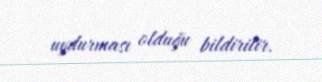
uydurması olduğu bildirilir.